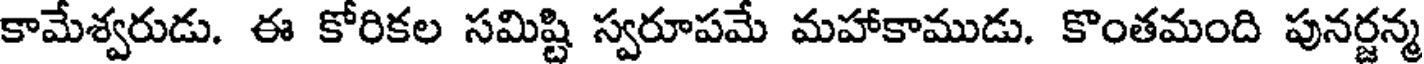
కామేశ్వరుడు. ఈ కోరికల సమిష్టి స్వరూపమే మహాకాముడు. కొంతమంది పునర్జన్మ